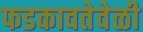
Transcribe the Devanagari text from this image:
फडकावतेवेळी